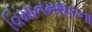
વિમાનમથકના